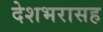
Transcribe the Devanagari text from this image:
देशभरासह